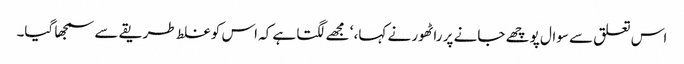
اس تعلق سے سوال پوچھے جانے پر راٹھور نے کہا، ‘ مجھے لگتا ہے کہ اس کو غلط طریقے سے سمجھا گیا۔